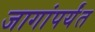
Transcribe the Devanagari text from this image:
जागांपर्यंत